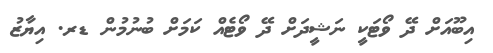
އިބޫއަށް ދޭ ވޯޓަކީ ނަޝީދަށް ދޭ ވޯޓެއް ކަމަށް ބުނުމުން ޑރ. އިޔާޒު